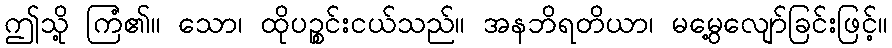
ဤသို့ ကြံ၏။ သော၊ ထိုပဉ္စင်းငယ်သည်။ အနဘိရတိယာ၊ မမွေ့လျော်ခြင်းဖြင့်။